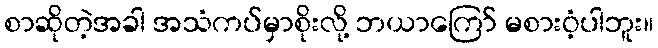
စာဆိုတဲ့အခါ အသံကပ်မှာစိုးလို့ ဘယာကြော် မစားဝံ့ပါဘူး။